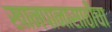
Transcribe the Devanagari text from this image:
खानपानासाठीचा